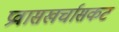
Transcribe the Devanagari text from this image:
प्रवासखर्चासकट